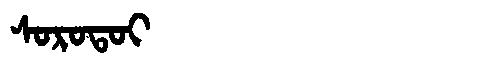
Manchu: ᠰᠣᡵᠣᡨᠣᡳ
Romanization: SOROTOI